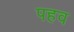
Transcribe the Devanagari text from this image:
पहव